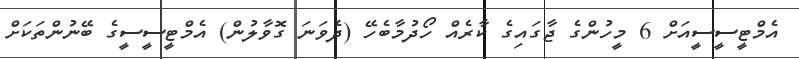
އެމްޓީސީސީއަށް 6 މީހުންގެ ޖާގައިގެ ކާރެއް ހޯދުމާބެހޭ (ދެވަނަ ގޮވާލުން) އެމްޓީސީސީގެ ބޭނުންތަކަށް